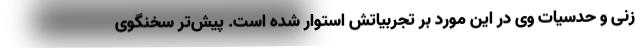
زنی و حدسیات وی در این مورد بر تجربیاتش استوار شده است. پیش‌تر سخنگوی